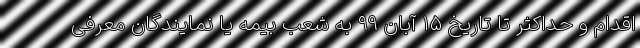
اقدام و حداکثر تا تاریخ ۱۵ آبان ۹۹ به شعب بیمه یا نمایندگان معرفی